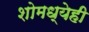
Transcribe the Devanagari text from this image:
शोमध्येही